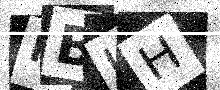
Text: MBUH